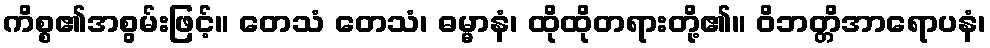
ကိစ္စ၏အစွမ်းဖြင့်။ တေသံ တေသံ၊ ဓမ္မာနံ၊ ထိုထိုတရားတို့၏။ ဝိဘတ္တိအာရောပနံ၊